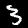
Label: 3